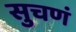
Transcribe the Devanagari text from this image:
सुचणं